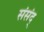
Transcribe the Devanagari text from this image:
संसंद्